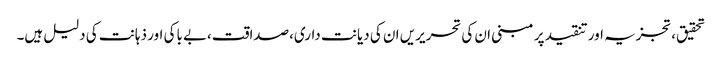
تحقیق،تجزیہ اور تنقید پر مبنی ان کی تحریریں ان کی دیانت داری،صداقت،بے باکی اور ذہانت کی دلیل ہیں۔